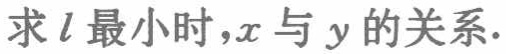
求\(l\)最小时，\(x\)与\(y\)的关系.